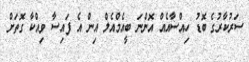
ސަރުކާރުގެ ބޮޑު ހިއްސާއެއް އޮންނަ ބީއެމްއެލް އިން އެ ފައިސާ ވިއްކާ ގޮތަށް